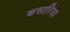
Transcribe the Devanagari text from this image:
कसारिया